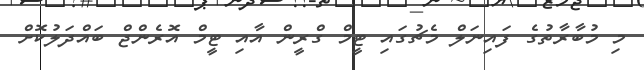
މި މުބާރާތުގެ ފައިނަލް މެޗުގައި ޓީމް ގްރީން އާއި ޓީމް އޮރެންޖް ބައްދަލުކޮށް